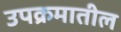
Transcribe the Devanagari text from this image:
उपक्रमातील